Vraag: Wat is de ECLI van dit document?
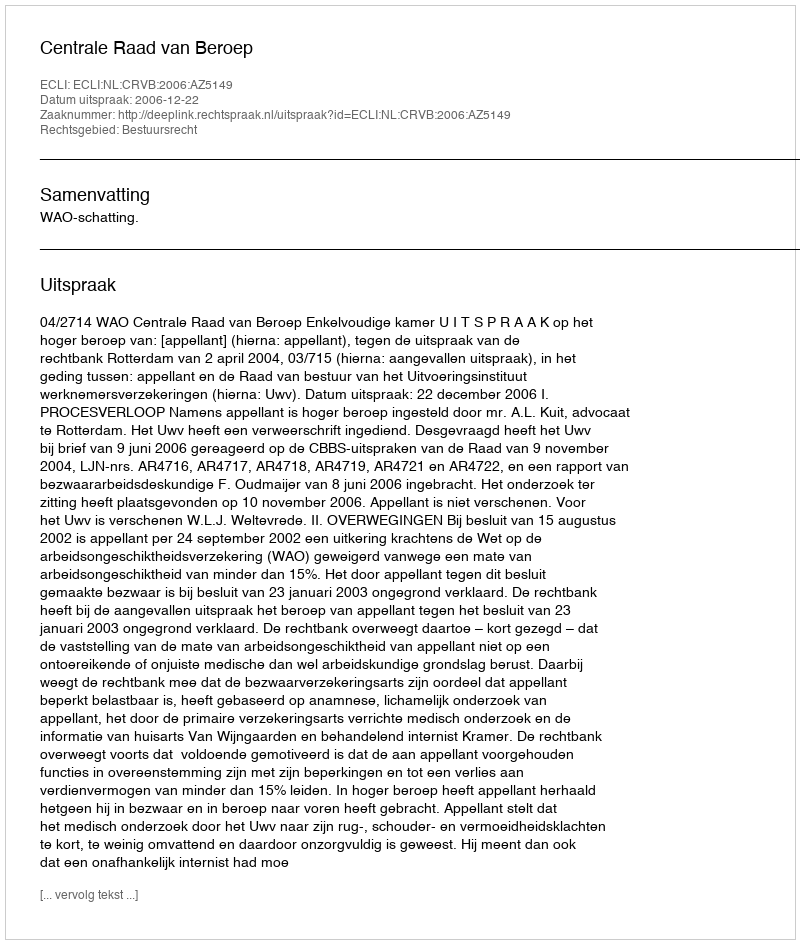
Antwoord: ECLI:NL:CRVB:2006:AZ5149